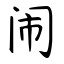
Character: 闹